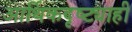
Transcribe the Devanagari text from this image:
आर्थिकदृष्ट्याही